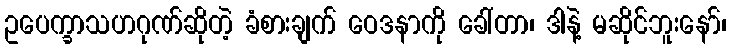
ဥပေက္ခာသဟဂုဏ်ဆိုတဲ့ ခံစားချက် ဝေဒနာကို ခေါ်တာ၊ ဒါနဲ့ မဆိုင်ဘူးနော်၊